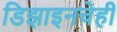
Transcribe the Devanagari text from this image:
डिझाइनचेही